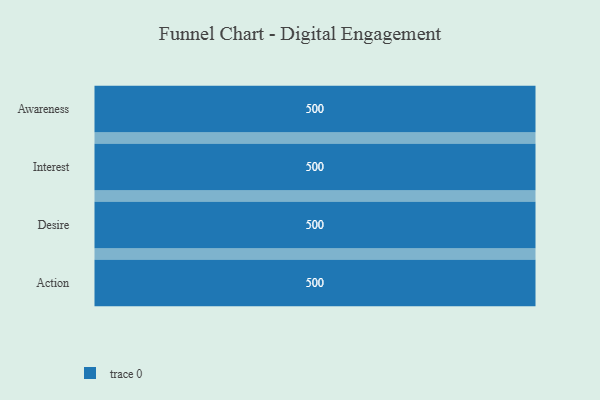
{"axis": {"x": "Stage", "y": "Value"}, "legend": [""], "data": [{"x": "Awareness", "y": 500, "type": ""}, {"x": "Interest", "y": 500, "type": ""}, {"x": "Desire", "y": 500, "type": ""}, {"x": "Action", "y": 500, "type": ""}]}